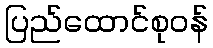
ပြည်ထောင်စုဝန်